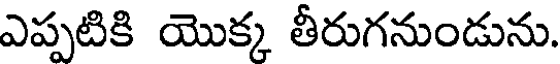
ఎప్పటికి యొక్క తీరుగనుండును.